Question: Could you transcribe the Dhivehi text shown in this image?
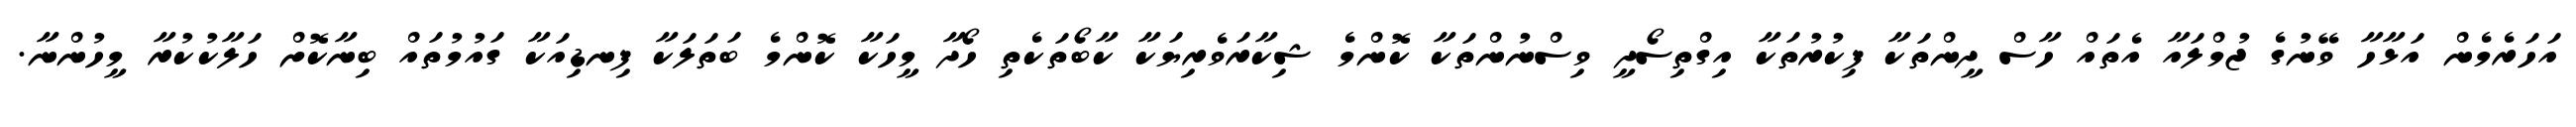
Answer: އަހަރެމެން އަޅާހާ ވޭނުގެ ޖުމްލައާ އެތައް ހާސް ދީންތަކާ ފިކުރުތަކާ އިގްތިސޯދީ ވިސްނުންތަކާ ކޮންމެ ޝިކާރަވެރިޔަކާ ކާބޯތަކެތި ހޯދާ މީހަކާ ކޮންމެ ބަތަލަކާ ފިނޑިއަކާ ގައުމުތައް ބިނާކޮށް ހަލާކުކުރާ މީހުންނާ.